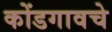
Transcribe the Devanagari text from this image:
कोंडगावचे